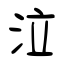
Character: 泣